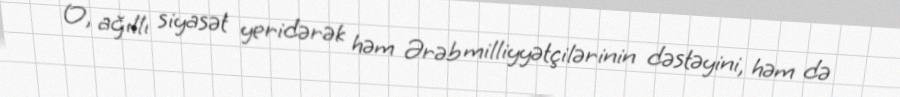
O, ağıllı siyasət yeridərək həm Ərəb milliyyətçilərinin dəstəyini, həm də